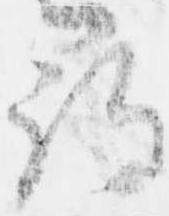
尋